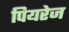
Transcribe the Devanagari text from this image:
पियरेज